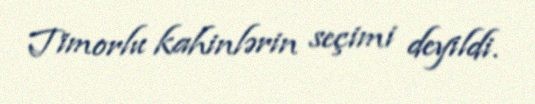
Timorlu kahinlərin seçimi deyildi.